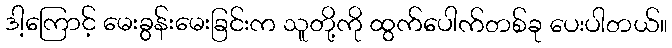
ဒါ့ကြောင့် မေးခွန်းမေးခြင်းက သူတို့ကို ထွက်ပေါက်တစ်ခု ပေးပါတယ်။